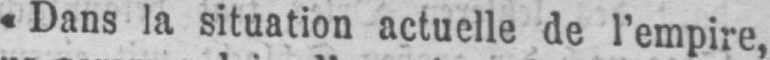
«Dans la situation actuelle de l’empire,